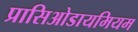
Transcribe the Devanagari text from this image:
प्रासिओडायमियम